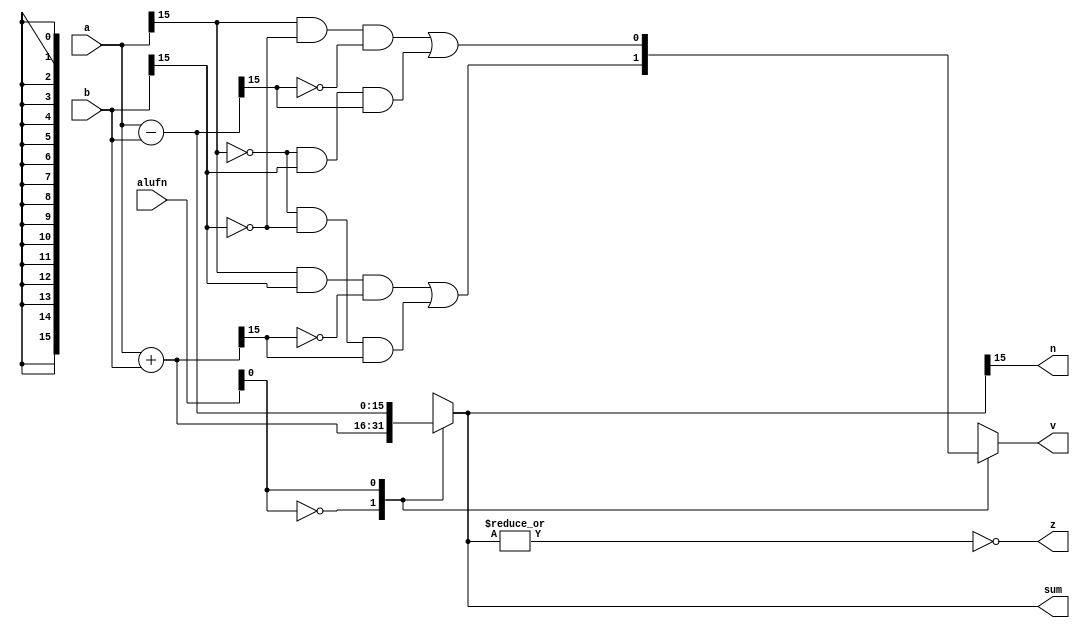
/*
   This file was generated automatically by Alchitry Labs version 1.2.1.
   Do not edit this file directly. Instead edit the original Lucid source.
   This is a temporary file and any changes made to it will be destroyed.
*/

module adder_6 (
    input [5:0] alufn,
    input [15:0] a,
    input [15:0] b,
    output reg [15:0] sum,
    output reg v,
    output reg z,
    output reg n
  );
  
  
  
  reg [15:0] sum_;
  
  always @* begin
    
    case (alufn[0+0-:1])
      1'h0: begin
        sum_ = a + b;
        v = (((a[15+0-:1]) & (b[15+0-:1]) & (~sum_[15+0-:1])) | ((~a[15+0-:1]) & (~b[15+0-:1]) & (sum_[15+0-:1])));
      end
      1'h1: begin
        sum_ = a - b;
        v = (((a[15+0-:1]) & (~b[15+0-:1]) & (~sum_[15+0-:1])) | ((~a[15+0-:1]) & (b[15+0-:1]) & (sum_[15+0-:1])));
      end
      default: begin
        sum_ = a + b;
        v = (((a[15+0-:1]) & (b[15+0-:1]) & (~sum_[15+0-:1])) | ((~a[15+0-:1]) & (~b[15+0-:1]) & (sum_[15+0-:1])));
      end
    endcase
    sum = sum_[0+15-:16];
    z = (~|sum_);
    n = sum_[15+0-:1];
  end
endmodule